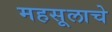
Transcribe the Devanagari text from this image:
महसूलाचे